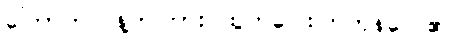
ကြောက်လန့်တကြား ထွက်ပြေးကြကုန်လေ၏။